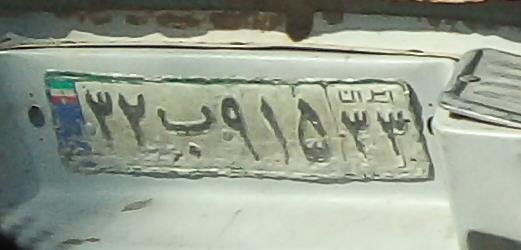
۳۲ب۹۱۵۲۳